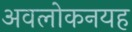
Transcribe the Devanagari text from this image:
अवलोकनयह